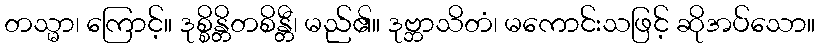
တသ္မာ၊ ကြောင့်။ ဒုစ္စိန္တိတစိန္တီ၊ မည်၏။ ဒုဗ္ဘာသိတံ၊ မကောင်းသဖြင့် ဆိုအပ်သော။